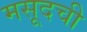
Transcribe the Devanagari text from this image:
मसूदची